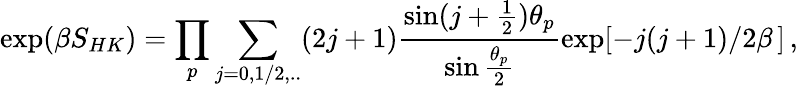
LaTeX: \exp(\beta S_{HK})=\prod_{p}\sum_{j=0,1/2,..}(2j+1)\frac{\sin(j+\frac{1}{2})\theta_{p}}{\sin\frac{\theta_{p}}{2}}\exp[-j(j+1)/2\beta\, ]\, ,